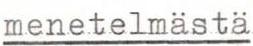
menetelmästä